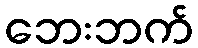
ဘေးဘက်